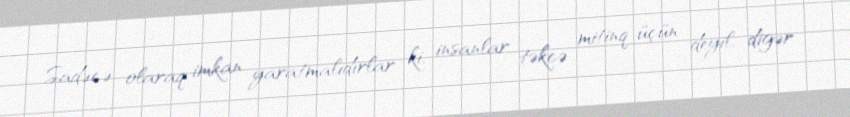
Sadəcə olaraq imkan yaratmalıdırlar ki, insanlar təkcə mitinq üçün deyil, digər